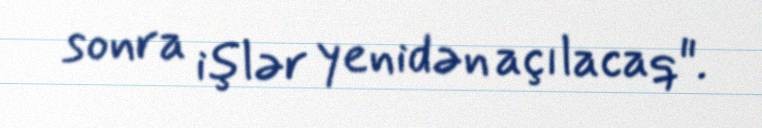
sonra işlər yenidən açılacaq".